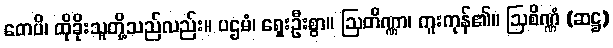
တေပိ၊ ထိုခိုးသူတို့သည်လည်း။ ပဌမံ၊ ရှေးဦးစွာ။ ဩတိဏ္ဏာ၊ ကူးကုန်၏။ ဩစိဏ္ဏံ (ဆဋ္ဌ)